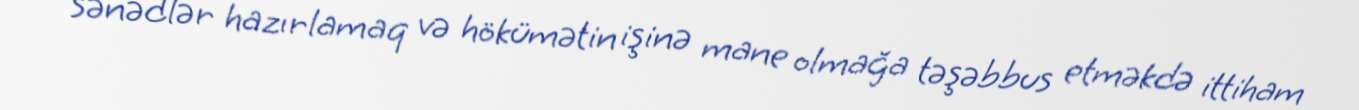
sənədlər hazırlamaq və hökümətin işinə mane olmağa təşəbbus etməkdə ittiham